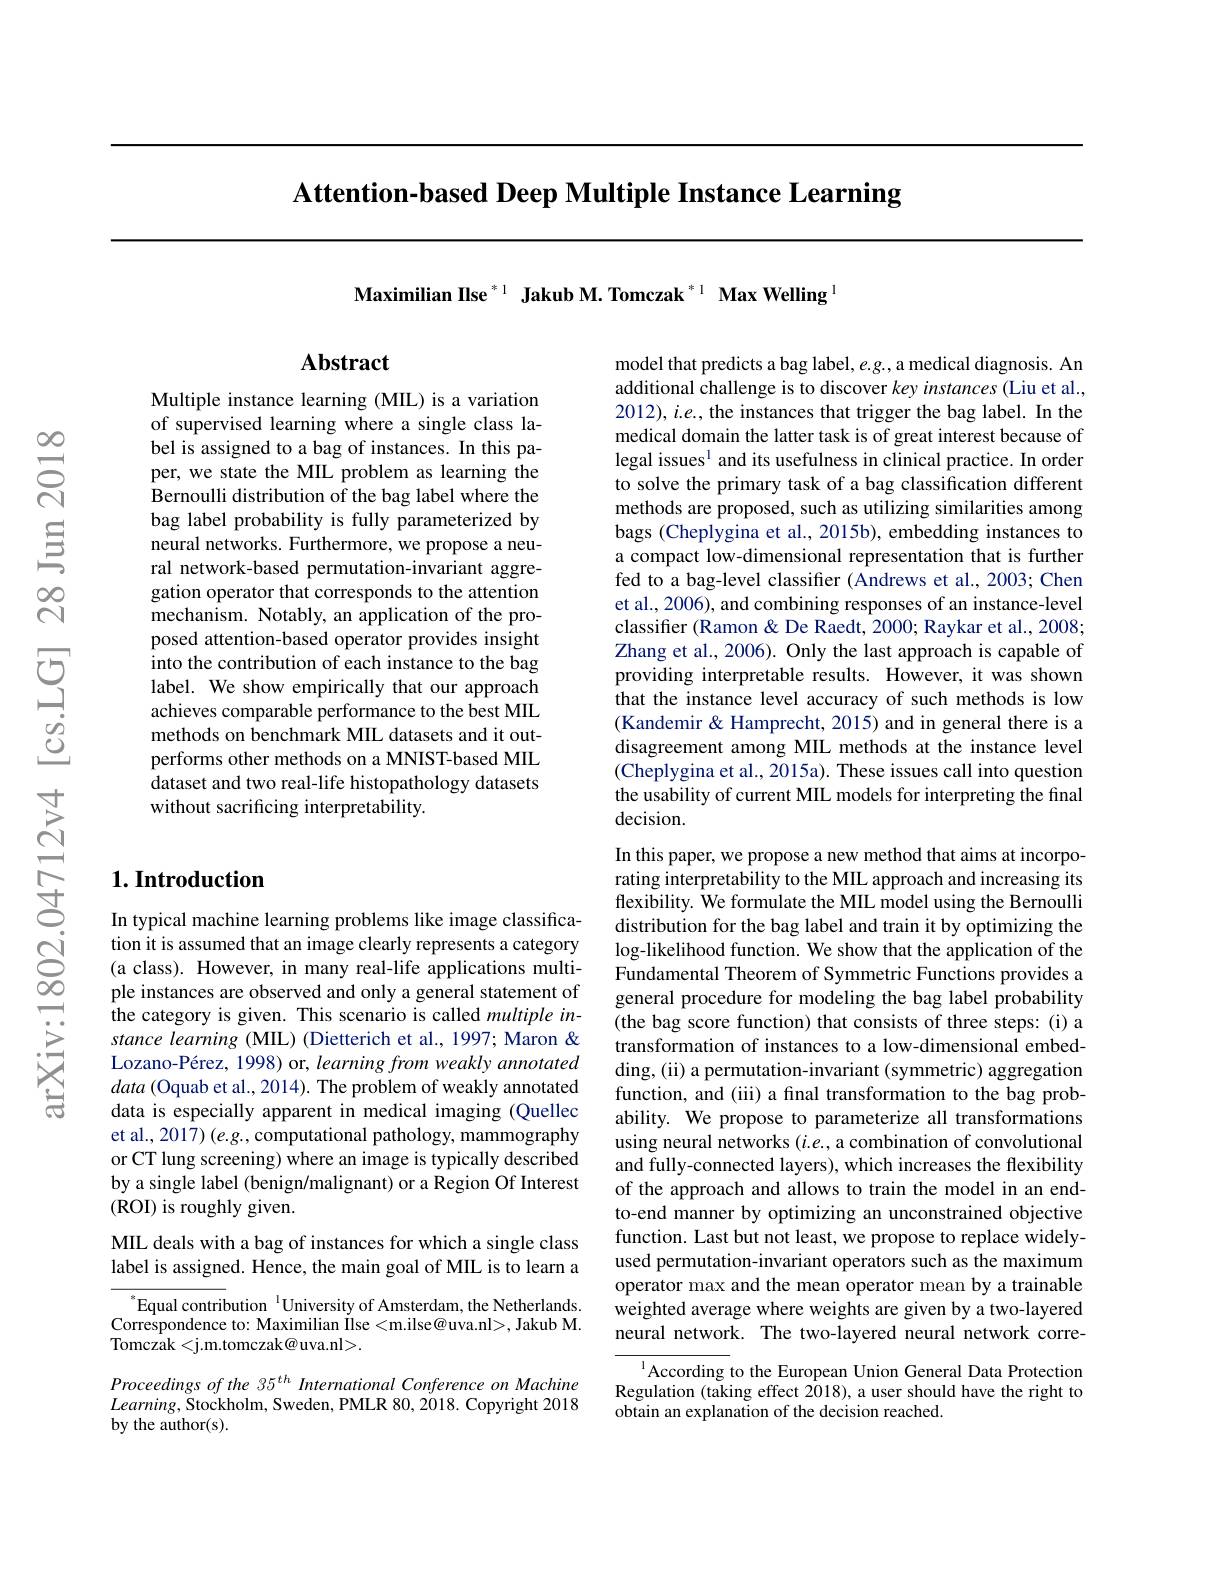
Attention-based Deep Multiple Instance Learning

Maximilian Ilse $^{*1}$ Jakub M. Tomczak $^{*1}$ Max Welling $^{\mathrm{l}}$

## Abstract

Multiple instance learning (MIL) is a variation of supervised learning where a single class label is assigned to a bag of instances. In this paper, we state the MIL problem as learning the Bernoulli distribution of the bag label where the bag label probability is fully parameterized by $\hat{\text{neural networks. Furthermore, we propose a neu-}}$ ral network-based permutation-invariant aggregation operator that corresponds to the attention mechanism. Notably, an application of the proposed attention-based operator provides insight into the contribution of each instance to the bag label. We show empirically that our approach achieves comparable performance to the best MIL methods on benchmark MIL datasets and it outperforms other methods on a MNIST-based MIL dataset and two real-life histopathology datasets without sacrificing interpretability.

## $1. \textbf{Introduction}$

In typical machine learning problems like image classification it is assumed that an image clearly represents a category (a class). However, in many real-life applications multiple instances are observed and only a general statement of the category is given. This scenario is called multiple instance learning (MIL) (Dietterich et al., 1997; Maron & Lozano-Pérez, 1998) or, learning from weakly annotated data (Oquab et al., 2014). The problem of weakly annotated data is especially apparent in medical imaging (Quellec et al., 2017) (e.g., computational pathology, mammography or CT lung screening) where an image is typically described by a single label (benign/malignant) or a Region Of Interest ( ROI) is roughly given.

MIL deals with a bag of instances for which a single class label is assigned. Hence, the main goal of MIL is to learn a

$^{\mathrm{s}}$Equal contribution$^\text{l}$University of Amsterdam, the Netherlands. $\dot{\text{Correspondence to: Maximilian Ilse<m.ilse@uva.nl>, Jakub M.}}$ Tomczak< j. m. tomczak@ uva. nl> .

Proceedings of the 35$^{th}$ International Conference on Machine $Learning$,Stockholm, Sweden, PMLR 80, 2018. Copyright 2018 by the author(s).

model that predicts a bag label, e.g. a medical diagnosis. An additional challenge is to discover key instances (Liu et al., 2012), i.e., the instances that trigger the bag label. In the medical domain the latter task is of great interest because of legal issues$^{1}$ and its usefulness in clinical practice. In order to solve the primary task of a bag classification different methods are proposed, such as utilizing similarities among bags (Cheplygina et al., 2015b), embedding instances to a compact low-dimensional representation that is further fed to a bag-level classifier (Andrews et al., 2003; Chen et al., 2006), and combining responses of an instance-level classifier (Ramon & De Raedt, 2000; Raykar et al., 2008; Zhang et al., 2006). Only the last approach is capable of providing interpretable results. However, it was shown that the instance level accuracy of such methods is low (Kandemir & Hamprecht, 2015) and in general there is a disagreement among MIL methods at the instance level (Cheplygina et al., 2015a). These issues call into question the usability of current MIL models for interpreting the final decision.

In this paper, we propose a new method that aims at incorporating interpretability to the MIL approach and increasing its flexibility. We formulate the MIL model using the Bernoulli distribution for the bag label and train it by optimizing the log-likelihood function. We show that the application of the Fundamental Theorem of Symmetric Functions provides a general procedure for modeling the bag label probability (the bag score function) that consists of three steps: (i) a transformation of instances to a low-dimensional embedding, (ii) a permutation-invariant (symmetric) aggregation function, and (iii) a fınal transformation to the bag probability. We propose to parameterize all transformations using neural networks $(i.e.$, a combination of convolutional and fully-connected layers), which increases the flexibility of the approach and allows to train the model in an endto-end manner by optimizing an unconstrained objective function. Last but not least, we propose to replace widelyused permutation-invariant operators such as the maximum operator max and the mean operator mean by a trainable $\hat{\text{weighted average where weights are given by a two-layered}}$ neural network. The two-layered neural network corre-

$^{1}$According to the European Union General Data Protection Regulation (taking effect 2018), a user should have the right to obtain an explanation of the decision reached.